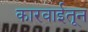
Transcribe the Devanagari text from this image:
कारवाईतून